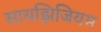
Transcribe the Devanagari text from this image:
सायझिजियम